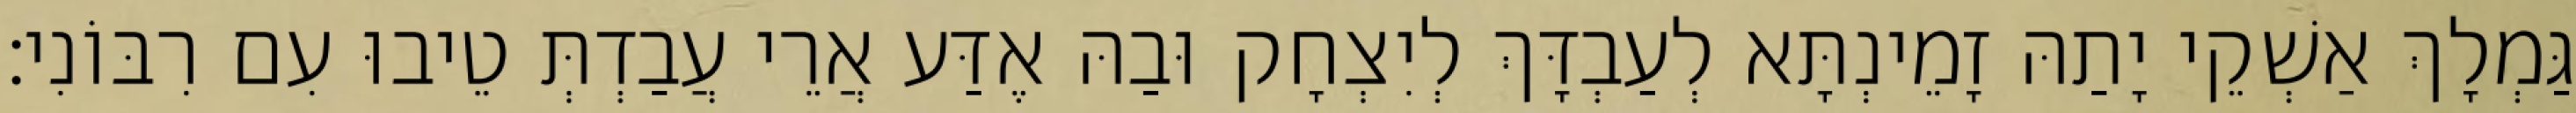
גַּמְלָךְ אַשְׁקֵי יָתַהּ זָמֵינְתָּא לְעַבְדָּךְ לְיִצְחָק וּבַהּ אֶדַּע אֲרֵי עֲבַדְתְּ טֵיבוּ עִם רִבּוֹנִי׃